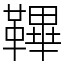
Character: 鞸